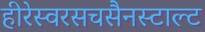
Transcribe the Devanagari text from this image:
हीरेस्वरसचसैनस्टाल्ट